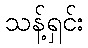
သန့်ရှင်း